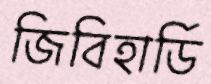
জিবিহার্ডি